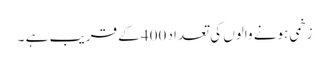
زخمی ہونے والوں کی تعداد 400 کے قریب ہے ۔